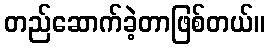
တည်ဆောက်ခဲ့တာဖြစ်တယ်။